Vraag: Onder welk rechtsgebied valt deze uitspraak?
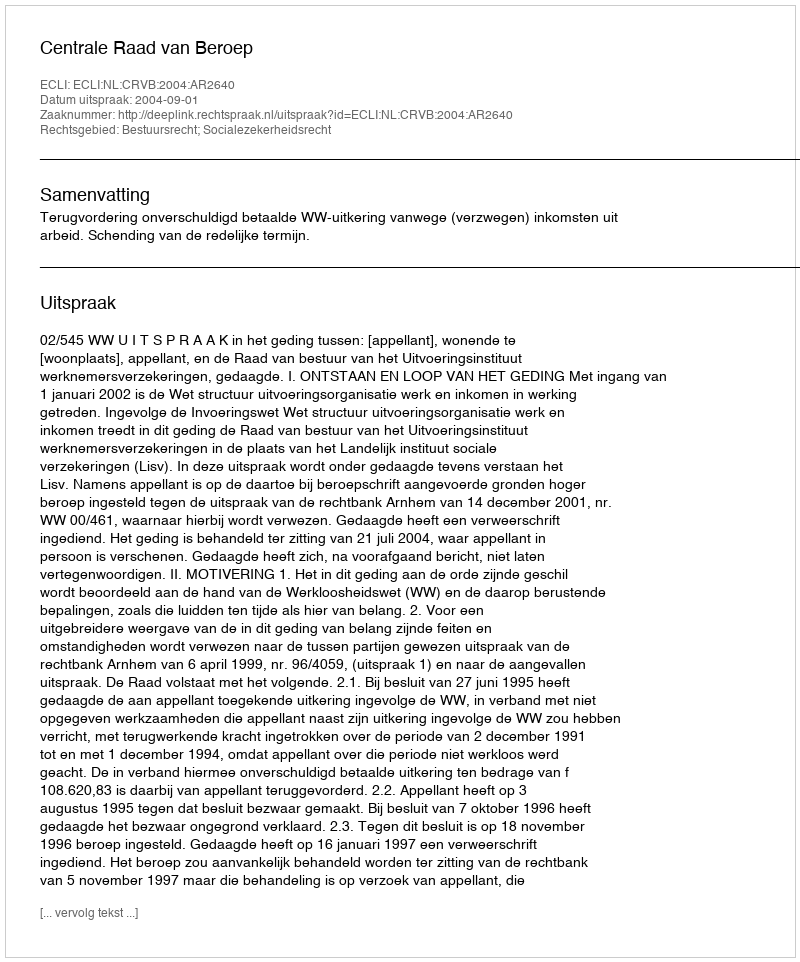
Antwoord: Bestuursrecht; Socialezekerheidsrecht